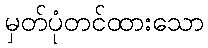
မှတ်ပုံတင်ထားသော